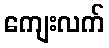
ကျေးလက်